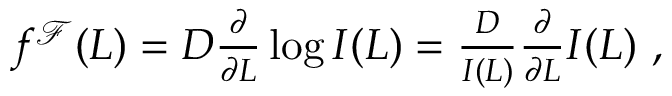
\begin{array} { r } { f ^ { \mathcal { F } } ( L ) = D \frac { \partial } { \partial L } \log I ( L ) = \frac { D } { I ( L ) } \frac { \partial } { \partial L } I ( L ) \ , } \end{array}